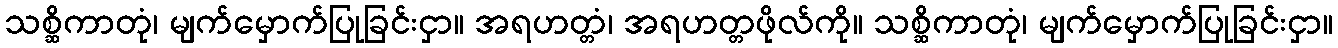
သစ္ဆိကာတုံ၊ မျက်မှောက်ပြုခြင်းငှာ။ အရဟတ္တံ၊ အရဟတ္တဖိုလ်ကို။ သစ္ဆိကာတုံ၊ မျက်မှောက်ပြုခြင်းငှာ။